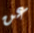
عن